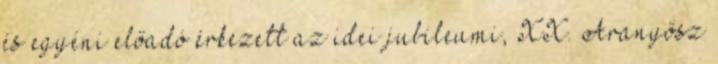
és egyéni előadó érkezett az idei jubileumi, XX. Aranyősz